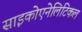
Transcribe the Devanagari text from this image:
साइकोएनेलिटिकल